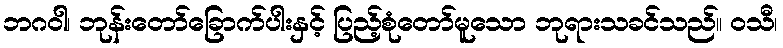
ဘဂဝါ၊ ဘုန်းတော်ခြောက်ပါးနှင့် ပြည့်စုံတော်မူသော ဘုရားသခင်သည်။ ဝသီ၊